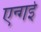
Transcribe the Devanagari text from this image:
एन्गई